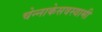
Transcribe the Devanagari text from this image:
चेन्‍नाकेसवस्‍वामी